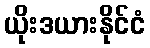
ယိုးဒယားနိုင်ငံ